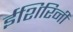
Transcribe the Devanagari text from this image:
ईशिरिनी